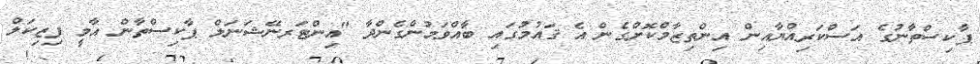
ޕާކިސްތާނުގެ އަސްކަރިއްޔާއިން އިންތިޒާމްކޮށްގެން އެ ޤައުމުގައި ބާއްވަމުންގެންދާ "އިންޓަރނޭޝަނަލް ޕާކިސްތާން އާމީ ފިޒިކަލް